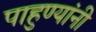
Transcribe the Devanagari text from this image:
पाहुण्यांनी